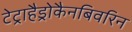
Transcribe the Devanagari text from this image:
टेट्राहैड्रोकैनबिवरिन